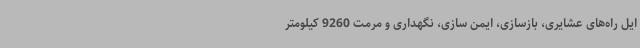
ایل راه‌های عشایری، بازسازی، ایمن سازی، نگهداری و مرمت 9260 کیلومتر